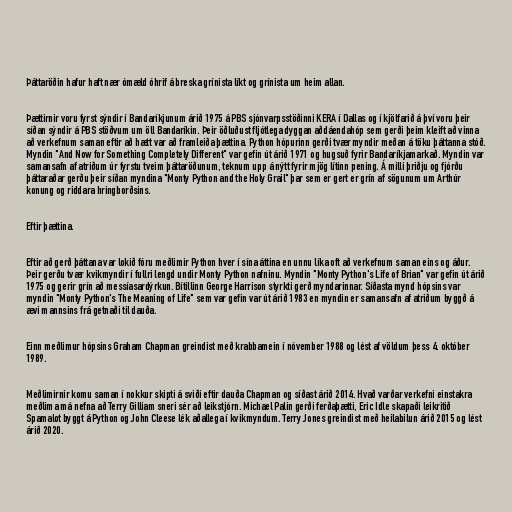
Þáttaröðin hafur haft nær ómæld óhrif á breska grínista líkt og grínista um heim allan.

Þættirnir voru fyrst sýndir í Bandaríkjunum árið 1975 á PBS sjónvarpsstöðinni KERA í Dallas og í kjölfarið á því voru þeir
síðan sýndir á PBS stöðvum um öll Bandaríkin. Þeir öðluðust fljótlega dyggan aðdáendahóp sem gerði þeim kleift að vinna
að verkefnum saman eftir að hætt var að framleiða þættina. Python hópurinn gerði tvær myndir meðan á töku þáttanna stóð.
Myndin "And Now for Something Completely Different" var gefin út árið 1971 og hugsuð fyrir Bandaríkjamarkað. Myndin var
samansafn af atriðum úr fyrstu tveim þáttaröðunum, teknum upp á nýtt fyrir mjög lítinn pening. Á milli þriðju og fjórðu
þáttaraðar gerðu þeir síðan myndina "Monty Python and the Holy Grail" þar sem er gert er grín af sögunum um Arthúr
konung og riddara hringborðsins.

Eftir þættina.

Eftir að gerð þáttana var lokið fóru meðlimir Python hver í sína áttina en unnu líka oft að verkefnum saman eins og áður.
Þeir gerðu tvær kvikmyndir í fullri lengd undir Monty Python nafninu. Myndin "Monty Python's Life of Brian" var gefin út árið
1975 og gerir grín að messíasardýrkun. Bítillinn George Harrison styrkti gerð myndarinnar. Síðasta mynd hópsins var
myndin "Monty Python's The Meaning of Life" sem var gefin var út árið 1983 en myndin er samansafn af atriðum byggð á
ævi mannsins frá getnaði til dauða.

Einn meðlimur hópsins Graham Chapman greindist með krabbamein í nóvember 1988 og lést af völdum þess 4. október
1989.

Meðlimirnir komu saman í nokkur skipti á sviði eftir dauða Chapman og síðast árið 2014. Hvað varðar verkefni einstakra
meðlima má nefna að Terry Gilliam sneri sér að leikstjórn. Michael Palin gerði ferðaþætti, Eric Idle skapaði leikritið
Spamalot byggt á Python og John Cleese lék aðallega í kvikmyndum. Terry Jones greindist með heilabilun árið 2015 og lést
árið 2020.